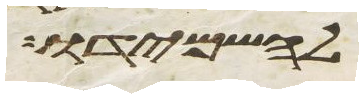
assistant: להשמידו